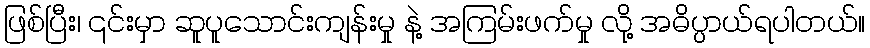
ဖြစ်ပြီး၊ ၎င်းမှာ ဆူပူသောင်းကျန်းမှု နဲ့ အကြမ်းဖက်မှု လို့ အဓိပ္ပာယ်ရပါတယ်။